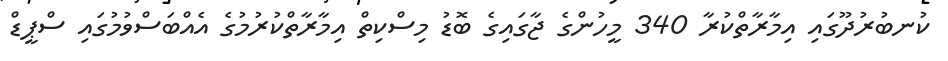
ކުނބުރުދޫގައި އިމާރާތްކުރާ 340 މީހުންގެ ޖާގައިގެ ބޮޑު މިސްކިތް އިމާރާތްކުރުމުގެ އެއްބަސްވުމުގައި ސްޕީޑް